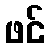
ဖင်